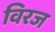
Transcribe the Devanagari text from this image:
विरज